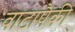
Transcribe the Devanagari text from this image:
वाटांपैकी